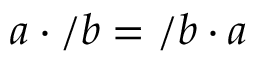
a \cdot / b = / b \cdot a